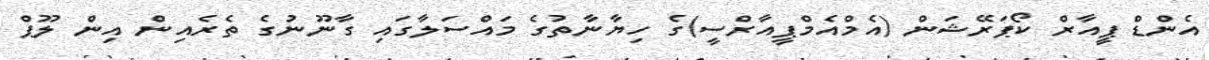
އެންޑް ޕީއާރް ކޯޕަރޭޝަން (އެމްއެމްޕީއާރްސީ)ގެ ހިޔާނާތުގެ މައްސަލާގައި ގާނޫނުގެ ތެރެއިން އިން ލޫޕް